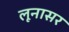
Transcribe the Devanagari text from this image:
लूनासर